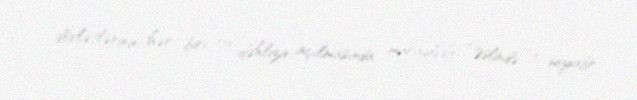
dövlətlərinin hər biri bu dəhlizin açılmasında maraqlıdır: “Əslində 10 noyabr